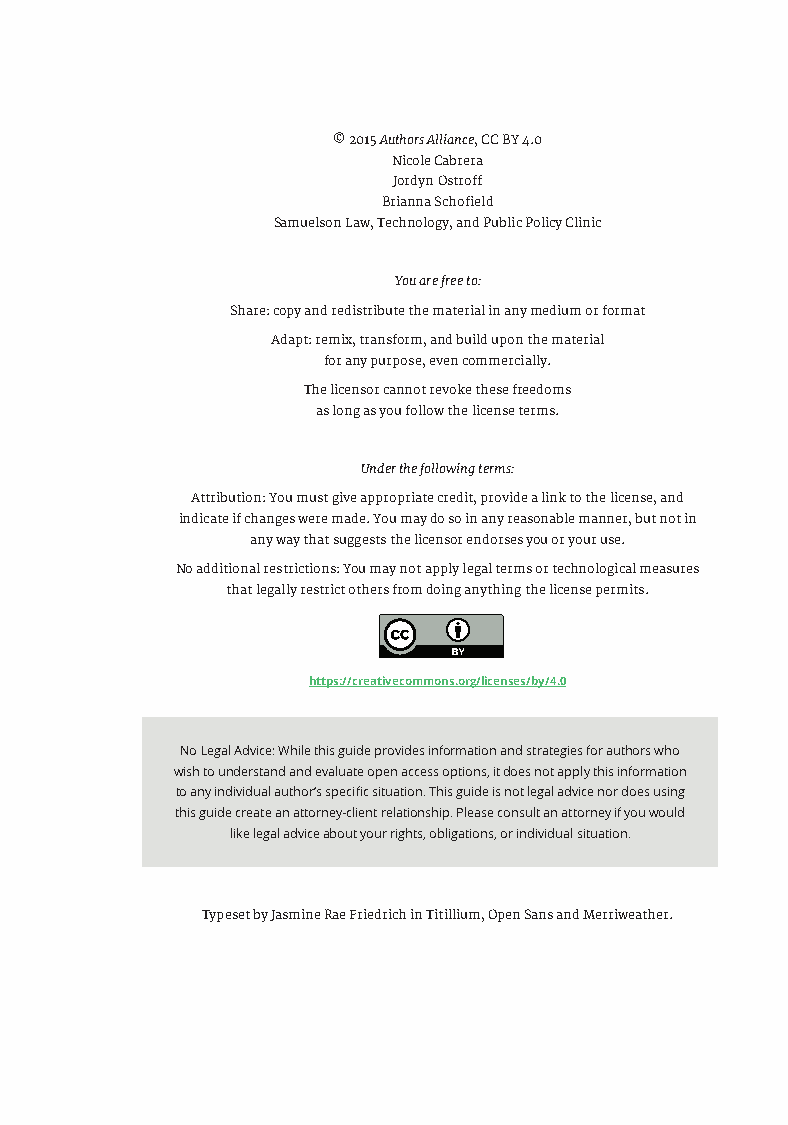
© 2015 Authors Alliance, CC BY 4.0
 Nicole Cabrera
 Jordyn Ostroff
 Brianna Schofield
 Samuelson Law, Technology, and Public Policy Clinic
 You are free to:
 Share: copy and redistribute the material in any medium or format
 Adapt: remix, transform, and build upon the material
 for any purpose, even commercially.
 The licensor cannot revoke these freedoms
 as long as you follow the license terms.
 Under the following terms:
 Attribution: You must give appropriate credit, provide a link to the license, and
 indicate if changes were made. You may do so in any reasonable manner, but not in
 any way that suggests the licensor endorses you or your use.
 No additional restrictions: You may not apply legal terms or technological measures
 that legally restrict others from doing anything the license permits.
 https://creativecommons.org/licenses/by/4.0
 No Legal Advice: While this guide provides information and strategies for authors who
 wish to understand and evaluate open access options, it does not apply this information
 to any individual author’s specific situation. This guide is not legal advice nor does using
 this guide create an attorney-client relationship. Please consult an attorney if you would
 like legal advice about your rights, obligations, or individual situation.
 Typeset by Jasmine Rae Friedrich in Titillium, Open Sans and Merriweather.